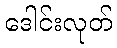
ဒေါင်းလုတ်